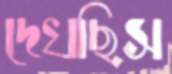
দেখছিস